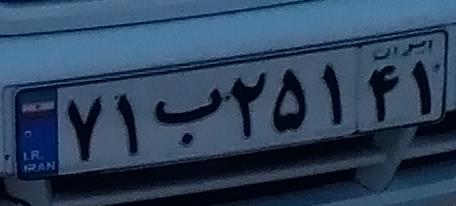
۷۱ب۲۵۱۴۱